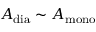
A _ { \mathrm { { d i a } } } \sim A _ { \mathrm { { m o n o } } }